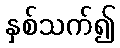
နှစ်သက်၍